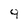
Character: 9